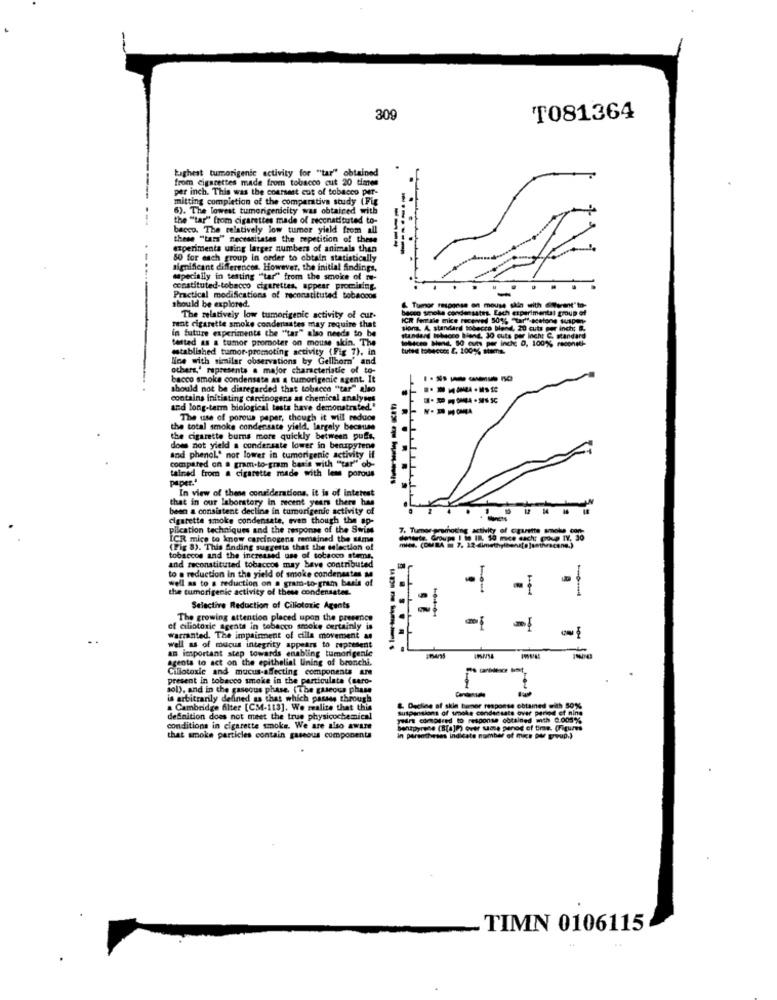
309
T081364
highest tumorigenic activity for "tar" obtained
from cigarettes made from tobacco cut 20 times
per inch. This was the coursest cut of tobacco per-
mitting completion of the comparative study (Fig
6). The lowest tumorigenicity was obtained with
the "tar" from cigarettes made of reconstituted to-
bacco. The relatively low tumor yield from all
these "tara" necessitates the repetition of these
experimenta using larger numbers of animals then
50 for each group in order to obtain statistically
significant differences. However, the initial findings,
specially in testing ""tar" from the smoke of ie-
constituted-tobacco cigarettes, appear promising.
Practical modifications of reconstituted tobaccos
should be explored.
& Tumor response on mouse skin
becco smoke condemsates. Each expert
The relatively low tumorigenic activity of cur-
ICH female mice received 501% "tar""-
rent cigarette smoke condenastes may require that
in future experiments the "tar" also needs to be
siona. A. standard tobacco blend, 20
tested as a tumor promoter on mouse skin. The
standard tobacco biend. 30 cuts per In
established tumor-promoting activity (Fig 7). in
tutee tobaccos &, 1001% stems.
Ice with similar observations by Gellhom' and
others,' represents a major characteristic of to-
bacco smoke condensata as a tumorigenic agent. It
should not be disregarded that tobacco "tar" also
-------
contains initiating carcinogens as chemical analyses
and long-term biological tests have demonstrated."
The use of porous paper, though it will reduos
the total smoke condensate yield, largely because
the cigarette burns more quickly between puffs,
does not yield a condensate lower in benapytene
and phenol' nor lower in tumorigenic activity
compared on a gram-to-gram bar's with ""tar" ob-
tained from a cigarette made with leme porous
paper."
In view of these considerations. it is of interest
that in our laboratory in recent years there has
been a consistent decline in tumorigenic activity of
cigarette smoke condensate, even though the ap-
pilcation techniques and the response of the Swims
7. Tumor promoting activity of cigarette smoke cop-
ICR mice to know carcinogens remained the same
dettete. Groups I in IR. 50 mice dach: group IV, 30
(Fig 8). This Anding suggest
mic. (OUBA i 7, 12-dimethylbens[s ]anthracone.)
tobaccos and the increased use of tobacco stems,
and reconstituted tobaccos may have contributed
to a reduction in the yield of smoke condenaates a
well as to a reduction on a gram-to-gram baals of
-
the tumorigenic activity of these condensatez.
1-0-4
Selective Reduction of Cillotoric Agents
-
The growing attention placed upon the presence
of ciliotoxic agents in tobacco smoke certainly is
-
warranted. The impairment of cilla movement
an important step towards enabling tumorigenic
well as of mucus integrity appears to represent
agents to act on the epithelial lining of bronchi.
Ciliotoxic and mucus-affecting components
present in tobacco smoke in the particulate (saro-
sol), and in the gaseous phase. (The gaseous phase
is arbitrarily de
is arbitrarily defined as that which passes through
. Cambridge filter [CM-113]. We realize that this
&. Decline of skin tumor response obtained with 50%
Sutparitions of thoke condensate over period of nine
definition does not meet the true physicochemical
pin compared to response obtained mth 0.009%
conditions in cigarette smoke. We are also aware
bentpyrene (8(a))) over Mme penog of time. (Figures
that smoke particles contain gaseous components
In parentheses indicate number of mice per group.3
TIMN 0106115